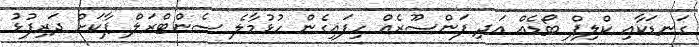
ގަނޑަކާއި ކްލިޕް ބޯޑެއް އަދި ފަންސޫރެއް ހިފައިގެން ހުޅުމާލެ ސެންޓްރަލް ޕާކަށް ދަރިފުޅު